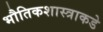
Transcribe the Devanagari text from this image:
भौतिकशास्त्राकडे